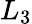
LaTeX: L_{3}